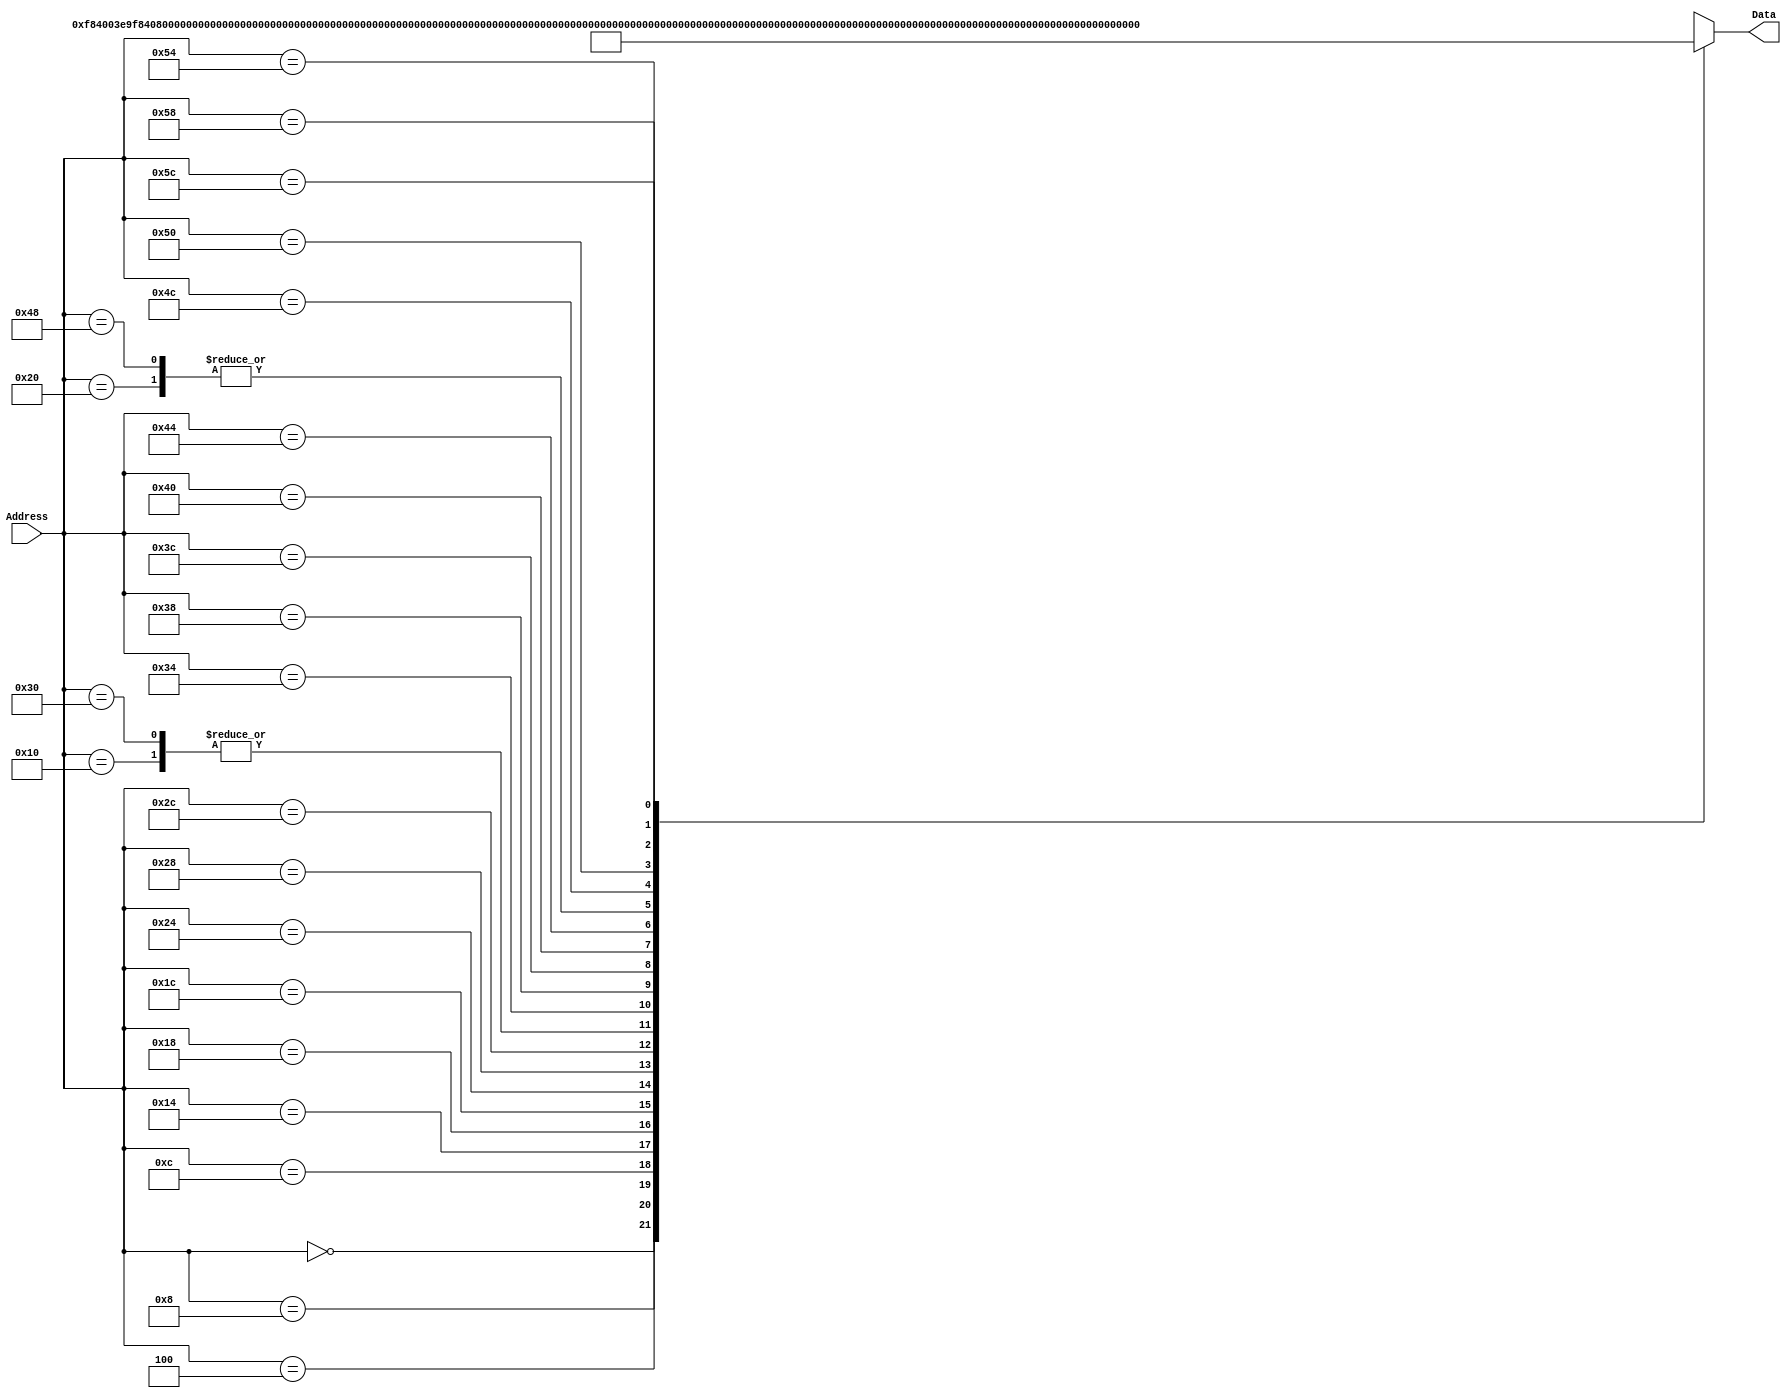
`timescale 1ns / 1ps
/*
 * Module: InstructionMemory
 *
 * Implements read-only instruction memory
 * 
 */
module InstructionMemory(Data, Address);
   parameter T_rd = 20;
   parameter MemSize = 40;
   
   output [31:0] Data;
   input [63:0]  Address;
   reg [31:0] 	 Data;
   
   /*
    * ECEN 350 Processor Test Functions
    * Texas A&M University
    */
   
   always @ (Address) begin

      case(Address)

	/* Test Program 1:
	 * Program loads constants from the data memory. Uses these constants to test
	 * the following instructions: LDUR, ORR, AND, CBZ, ADD, SUB, STUR and B.
	 * 
	 * Assembly code for test:
	 * 
	 * 0: LDUR X9, [XZR, 0x0]    //Load 1 into x9
	 * 4: LDUR X10, [XZR, 0x8]   //Load a into x10
	 * 8: LDUR X11, [XZR, 0x10]  //Load 5 into x11
	 * C: LDUR X12, [XZR, 0x18]  //Load big constant into x12
	 * 10: LDUR X13, [XZR, 0x20]  //load a 0 into X13
	 * 
	 * 14: ORR X10, X10, X11  //Create mask of 0xf
	 * 18: AND X12, X12, X10  //Mask off low order bits of big constant
	 * 
	 * loop:
	 * 1C: CBZ X12, end  //while X12 is not 0
	 * 20: ADD X13, X13, X9  //Increment counter in X13
	 * 24: SUB X12, X12, X9  //Decrement remainder of big constant in X12
	 * 28: B loop  //Repeat till X12 is 0
	 * 2C: STUR X13, [XZR, 0x20]  //store back the counter value into the memory location 0x20
	 */
	

	63'h000: Data = 32'hF84003E9;
	63'h004: Data = 32'hF84083EA;
	63'h008: Data = 32'hF84103EB;
	63'h00c: Data = 32'hF84183EC;
	63'h010: Data = 32'hF84203ED;
	63'h014: Data = 32'hAA0B014A;
	63'h018: Data = 32'h8A0A018C;
	63'h01c: Data = 32'hB400008C;
	63'h020: Data = 32'h8B0901AD;
	63'h024: Data = 32'hCB09018C;
	63'h028: Data = 32'h17FFFFFD;
	63'h02c: Data = 32'hF80203ED;
	63'h030: Data = 32'hF84203ED;  //One last load to place stored value on memdbus for test checking.

	/* Add code for your tests here */
	
	/*	
		MOVZ X9, 0xdef0, 0
		MOVZ X10, 0x9abc, 16
		MOVZ X11, 0x5678, 32
		MOVZ X12, 0x1234, 48
		
		ADD X13, XZR, XZR
		ADD X13, X13, X9
		ADD X13, X13, X10
		ADD X13, X13, X11
		ADD X13, X13, X12
				
		STUR X13, [XZR, 0x0]
		LDUR X13, [XZR, 0x0]
		
	*/
	63'h034: Data = {9'b110100101, 2'b00, 16'hdef0, 5'd9}; //32'h1A5DEF09;
	63'h038: Data = {9'b110100101, 2'b01, 16'h9abc, 5'd10}; //32'h1A59ABCA;
	63'h03c: Data = {9'b110100101, 2'b10, 16'h5678, 5'd11}; //32'h1A55678B;
	63'h040: Data = {9'b110100101, 2'b11, 16'h1234, 5'd12}; //32'h1A51234C;
	
	63'h044: Data = {11'b10001011000, 5'd31, 6'b0, 5'd31, 5'd13}; //32'b10001011000010100000000100101101;
	63'h048: Data = {11'b10001011000, 5'd9, 6'b0, 5'd13, 5'd13}; //32'b10001011000011010000000101101101;
	63'h04c: Data = {11'b10001011000, 5'd10, 6'b0, 5'd13, 5'd13}; //32'b10001011000011010000000110001101;
	63'h050: Data = {11'b10001011000, 5'd11, 6'b0, 5'd13, 5'd13};
	63'h054: Data = {11'b10001011000, 5'd12, 6'b0, 5'd13, 5'd13};
	
	63'h058: Data = {11'b11111000000, 9'b0, 2'b0, 5'd31, 5'd13}; //32'b10010001001110000001110;
	63'h05C: Data = {11'b11111000010, 9'b0, 2'b0, 5'd31, 5'd13}; //32'b11111000000000011010111100000;
	//63'h058: Data = 32'b11111000010000010100111100000;
	
	default: Data = 32'hXXXXXXXX;
      endcase
   end
endmodule